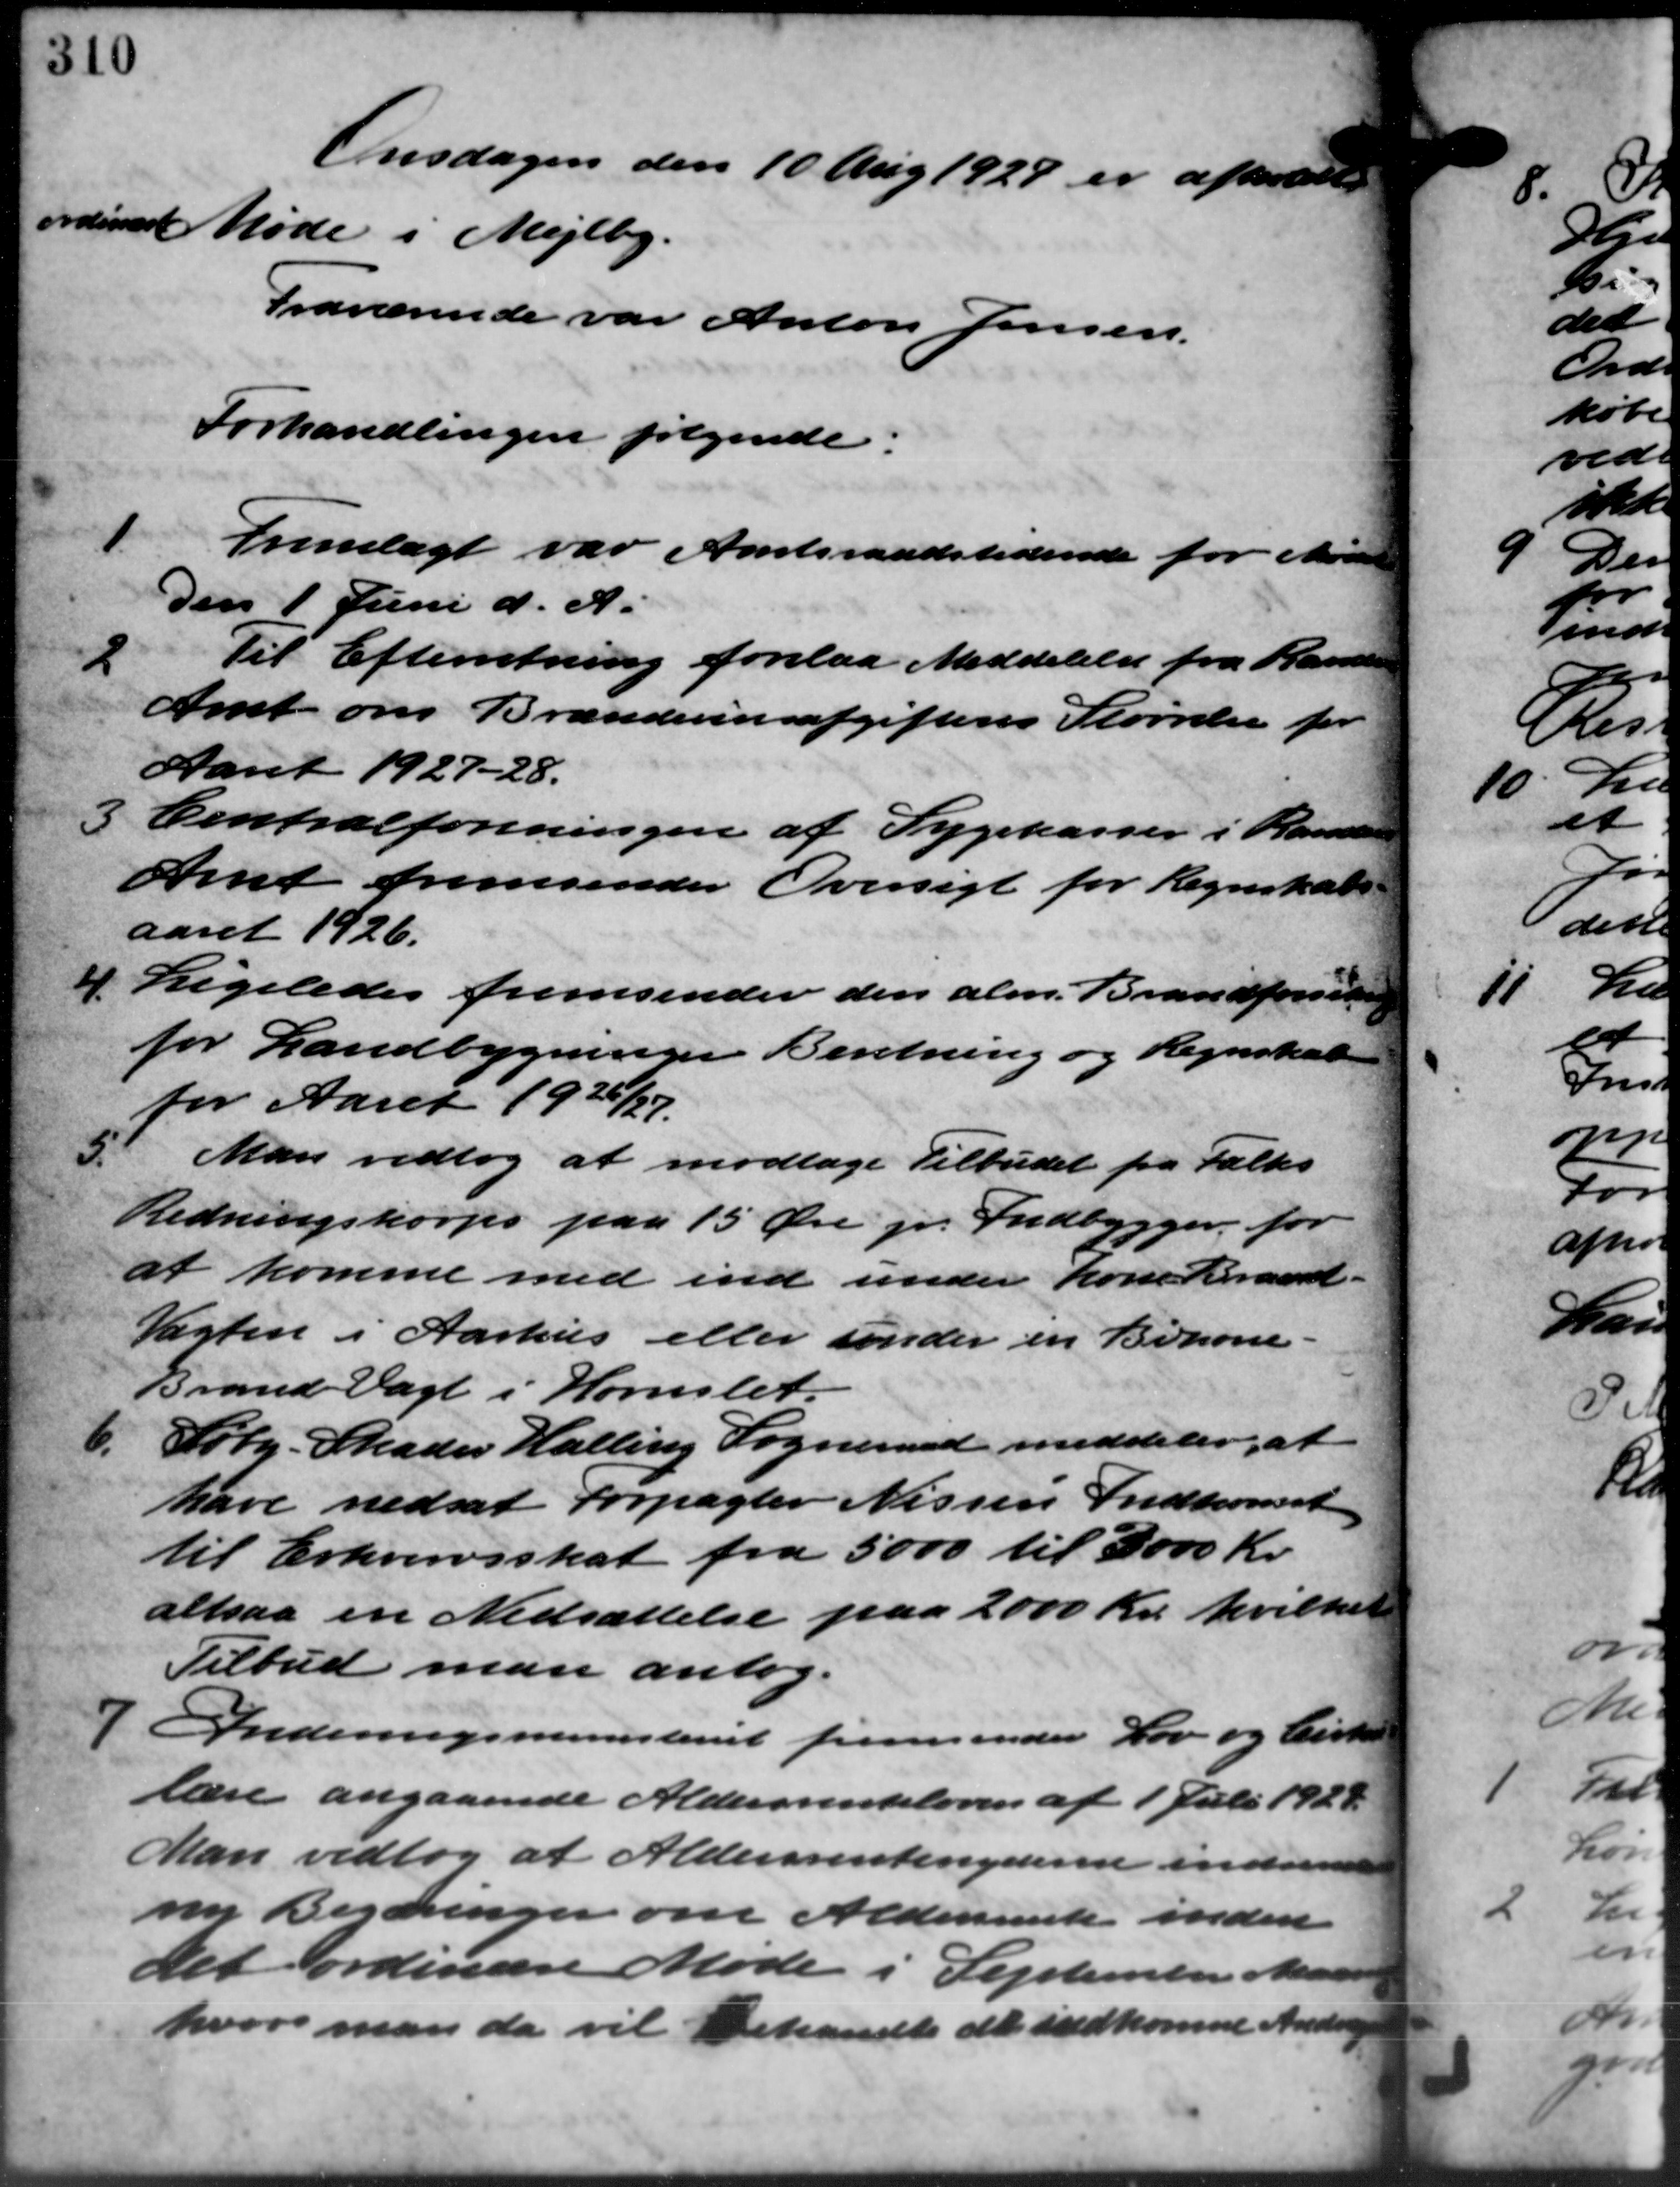
Transskription:
Onsdagen den 10 Aug 1927 er afholdet
ordinære Møde i Mejlby.
Fraværende var Anton Jensen.
Forhandlingen følgende:
1
Fremlagt var Amtsraadstidende for Mødet
Den 1 Juni d. A.
2
Til Efterretning forelaa Meddelelse fra Rander
Amt om Brændevinsafgiftens Størrelse for
Aaret 1927-28.
3 Centralforeningen af Sygekasser i Randers
3 Centralforeningen af Sygekasser i Randers
Amt fremsender Oversigt for Regnskabs-
aaret 1926.
4 Ligeledes fremsender den alm. Brandforsikring
4 Ligeledes fremsender den alm. Brandforsikring
for Landbygninger Beretning og Regnskab
for Aaret 1926/27.
5. Man vedtog at modtage Tilbudet fra Falks
5. Man vedtog at modtage Tilbudet fra Falks
Redningskorps paa 15 Øre pr. Indbygger for
at komme med ind under Kone Brand-
Vagten i Aarhus eller under en Bokone -
Brand Vagt i Hornslet.
6.
Søby Skader Halling Sogneraad meddeler, at
have nedsat Forpagter Nissen Indkomst
til Erhvervsskat fra 5000 til 3000 Kr.
altsaa en Nedsættelse paa 2000 Kr. hvilket
Tilbud man antog.
 Indenrigsministeriet fremsender Lov og Cirkulære
 Indenrigsministeriet fremsender Lov og Cirkulære
lære angaaende Aldersrenteloven af 1 Juli 1921.
Man vedtog at Aldersrentenyderne inden
ny Bestringer om Aldersrente inden
Det ordinære Møde i September Mar
hvori man da vil behandle de indkomne Andrage